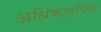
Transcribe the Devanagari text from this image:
अधिकल्पित